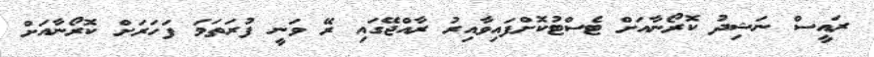
ރައީސް ނަޝިދު ކޮރޯނާއަށް ޓެސްޓުކޮށްފައިވާއިރު ރާއްޖޭގައި ރޭ ވަނީ ފުރަތަމަ ފަހަރަށް ކޮރޯނާއަށް